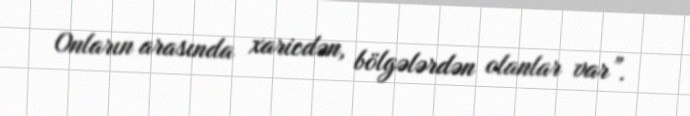
Onların arasında xaricdən, bölgələrdən olanlar var”.